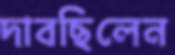
দাবছিলেন